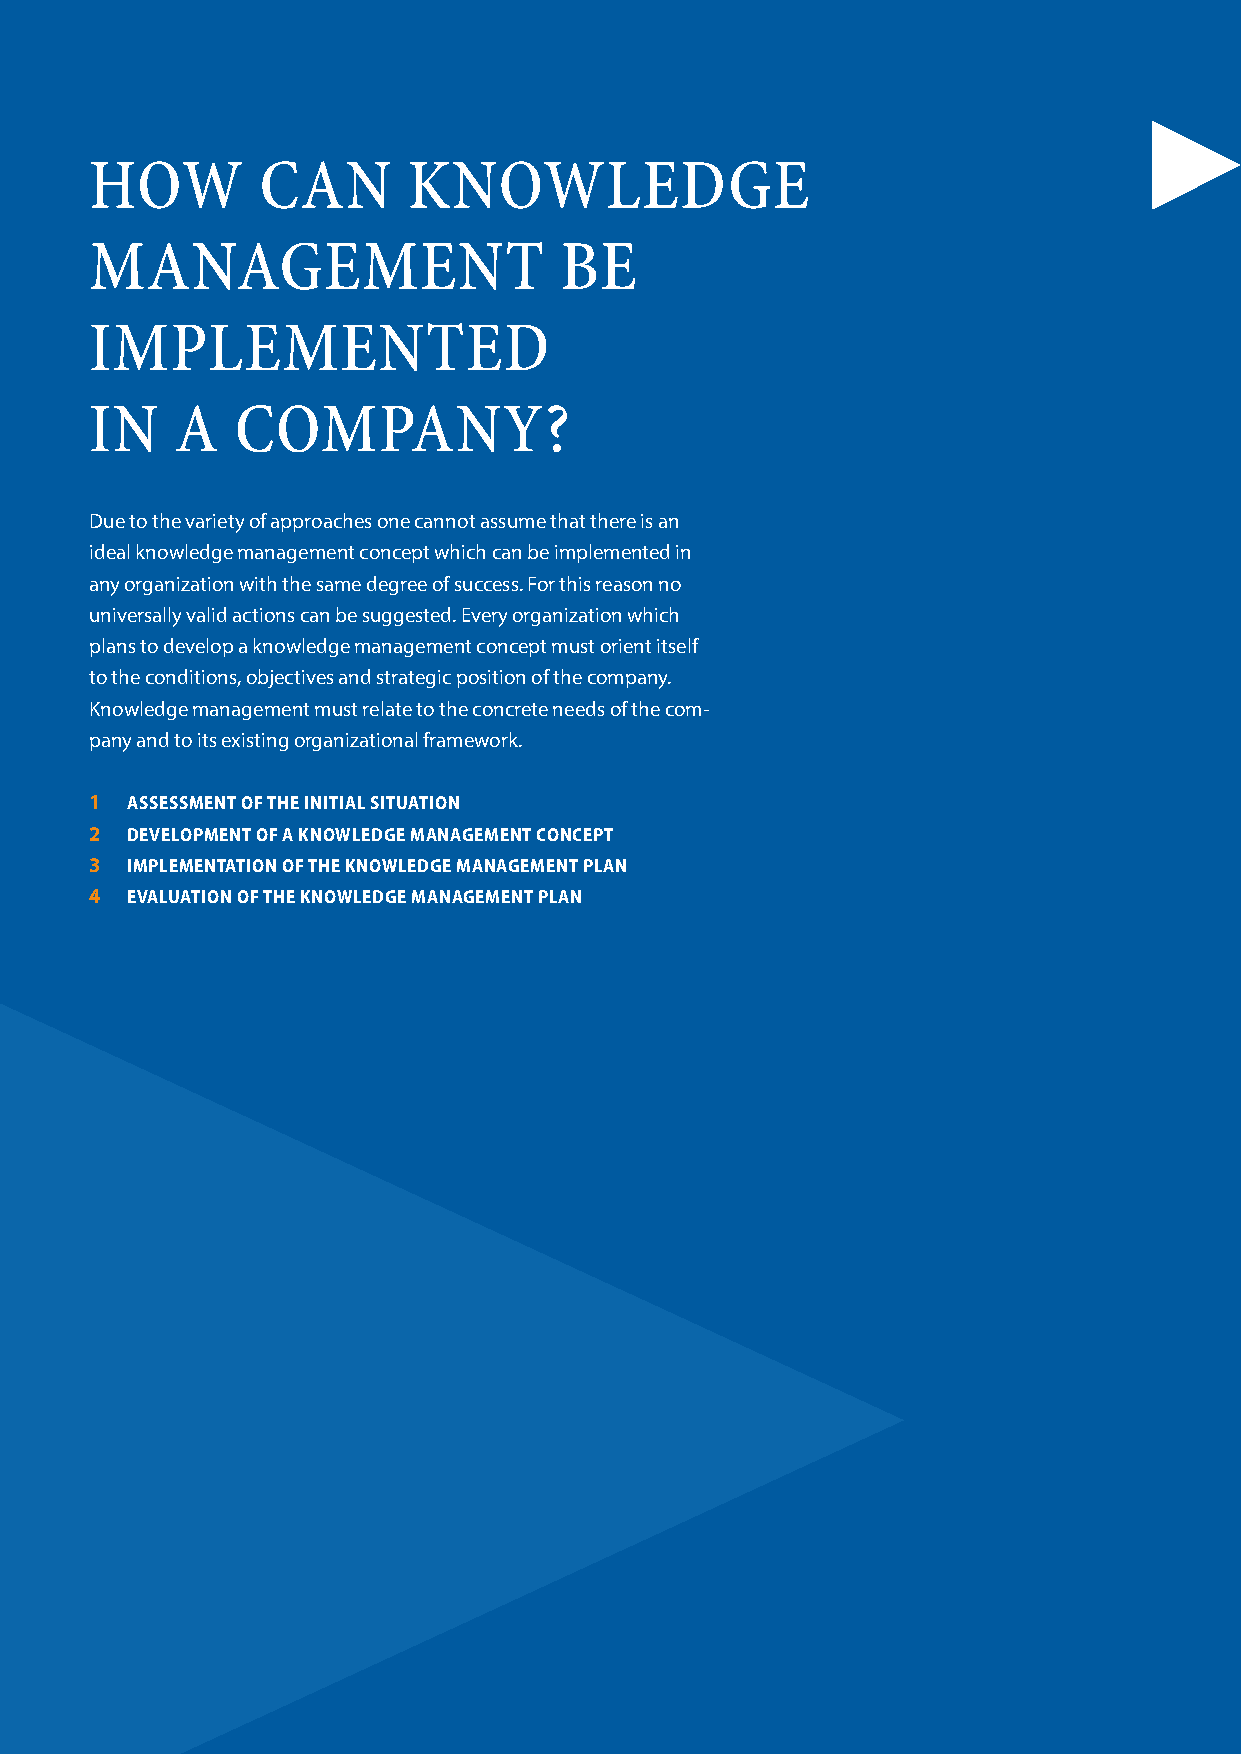
hoW        Can       knoWlEdgE
 ManagEMEnt                     BE
 IMPlEMEntEd
 In   a   CoMPany?
 Due to the variety of approaches one cannot assume that there is an
 ideal knowledge management concept which can be implemented in
 any organization with the same degree of success. For this reason no
 universally valid actions can be suggested. Every organization which
 plans to develop a knowledge management concept must orient itself
 to the conditions, objectives and strategic position of the company.
 Knowledge management must relate to the concrete needs of the com-
 pany and to its existing organizational framework.
 1 assessmeNt oF tHe iNitial situatioN
 2 develoPmeNt oF a kNoWledge maNagemeNt coNcePt
 3 imPlemeNtatioN oF tHe kNoWledge maNagemeNt PlaN
 4 evaluatioN oF tHe kNoWledge maNagemeNt PlaN
 22-81
 .S
 )9002(
 .K
 ,snitreM
 ,dnatslettiM
 mi
 tnemeganamsnessiW
 ELLEUQ